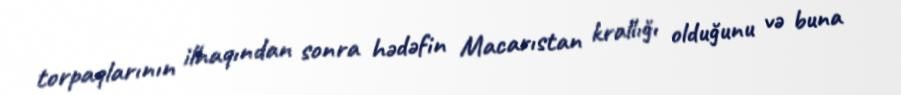
torpaqlarının ilhaqından sonra hədəfin Macarıstan krallığı olduğunu və buna